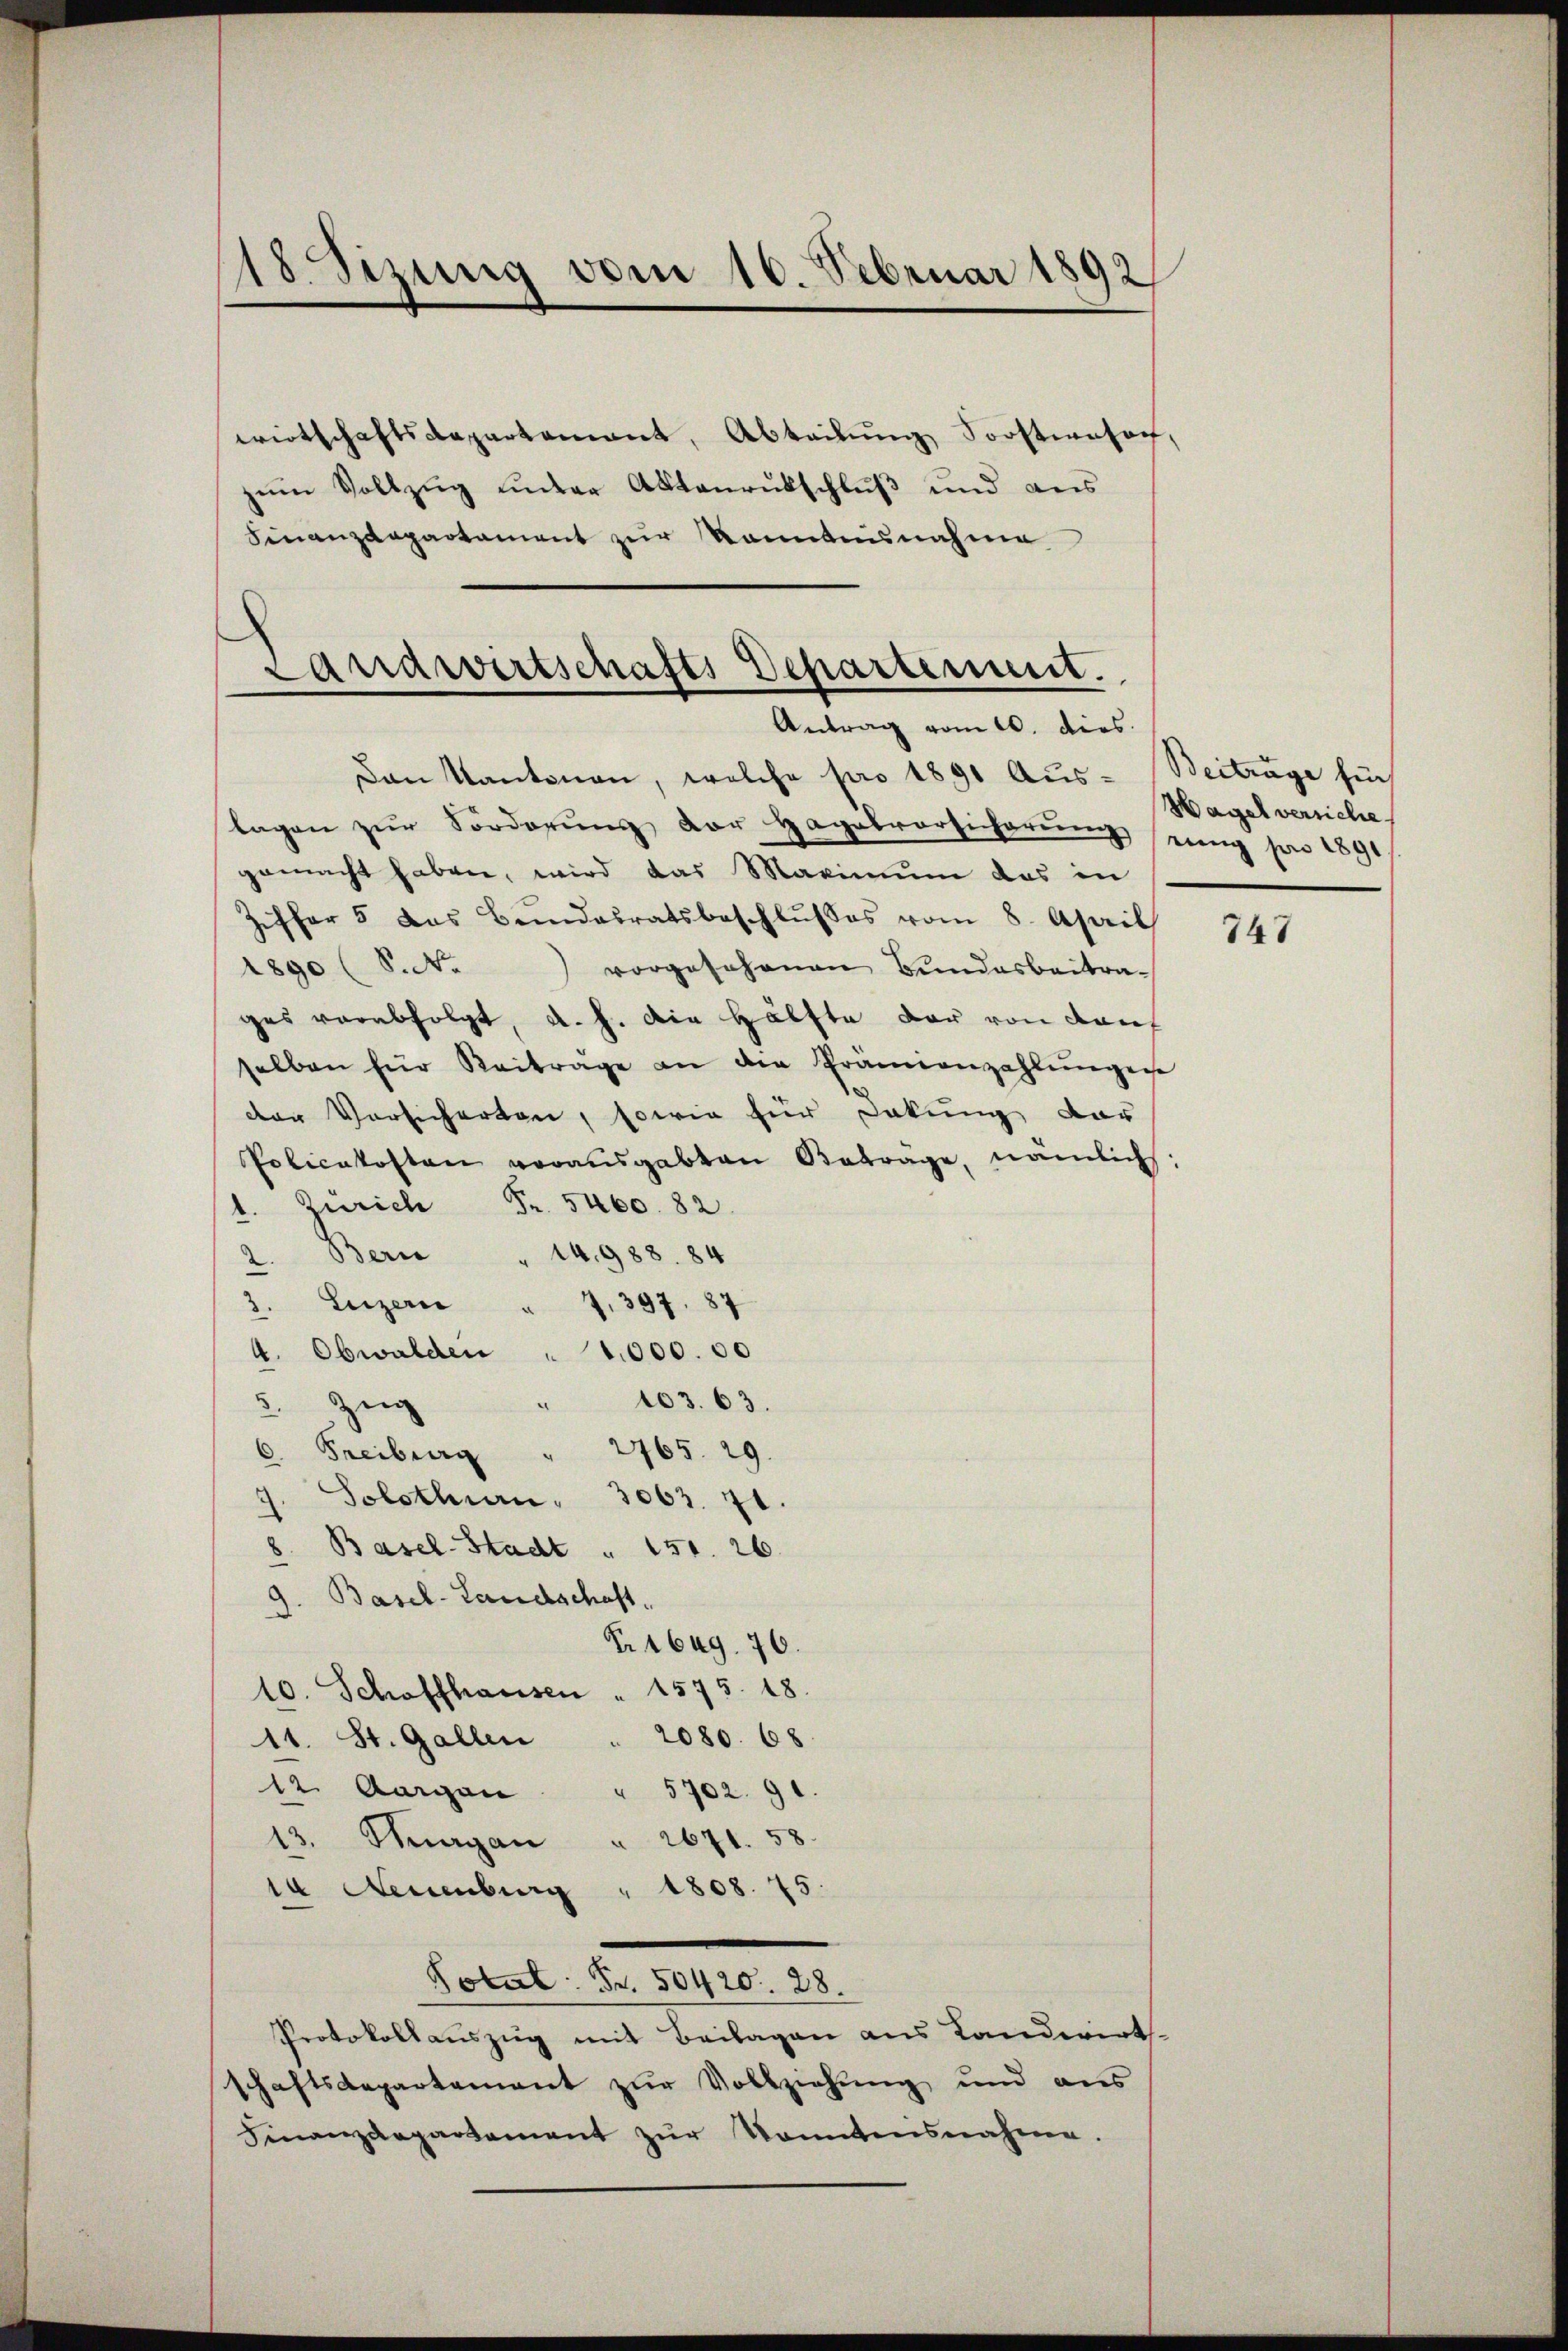
18Sizung vom 10. Februar 1892

wirtschaftsdepartamant, Abteilŭng Sorstwesen,
zum Vollzug unter Aktenrutschluß und aus
Finanzdepartament zur Kenntnisnahme

Dan Kantonen, welche pro 1891 Aus- Beitrage für
lagen zŭr Forderŭng der Hagelvorsicherŭng eing pro 1891
gemacht haben, wird das Maximum das in
Ziffer 5 das Bundesratsbeschlŭsses vom 8. April
1890 (S.No) vorgesehenen Bŭndesbeitra-
ges verabfolgt, d. h. die Hälfte dar von Kauf
selben für Beiträge an die Prämienzahlŭngene
der Vorsicherten, sowie für Dokung dar
Policekosten vorausgabten Betrage, nämlich:
1. Zürich Fr. 5460. 82.
Bern
14.988. 84
2.
7,397. 87
3. Luzern
4. Obwalden " 1000.00
3.
103. 63.
zeig
2765. 29.
6. Freiberg
“
Solothurn. 3063. 71.
" Basel-Stadt " 151. 26.
9. Basel-Landschaft.
Nr 1649. 70.
10. Schaffhausen " 1575. 18.
2080. 68.
11. St. Gallen
12. Augen " 5702. 91.
13. Thurgan " 2671. 58.
ta Neuenburg " 1808. 75.
Total. Fr. 50420. 28.
Protokollauszug mit Beilagen aus Landwirts-
schaftsdepartement zur Vollziehung und ans
Finanzdepartement zŭr konntensnahme.

Landwirtschafts Departennit.
Antrag vom 10. dies

Hagel versiche

747